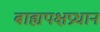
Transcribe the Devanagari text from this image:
बाह्यपक्षप्रधान